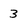
Character: 3